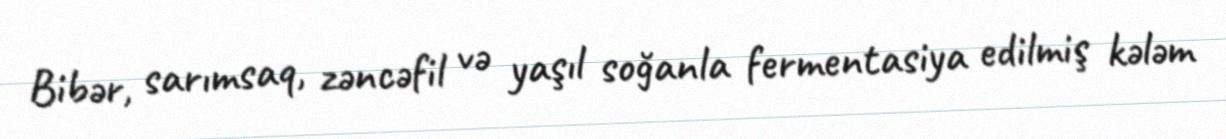
Bibər, sarımsaq, zəncəfil və yaşıl soğanla fermentasiya edilmiş kələm